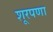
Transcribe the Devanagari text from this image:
शूरपणा